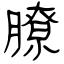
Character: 膫